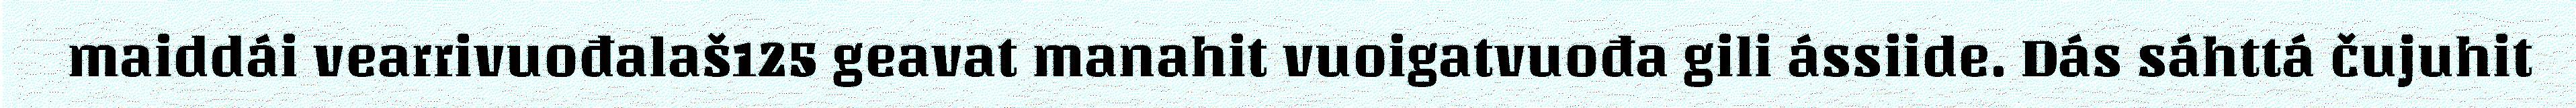
maiddái vearrivuođalaš125 geavat manahit vuoigatvuođa gili ássiide. Dás sáhttá čujuhit